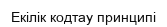
Екілік кодтау принципі